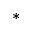
*